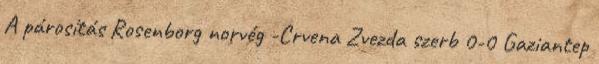
A párosítás Rosenborg norvég -Crvena Zvezda szerb 0-0 Gaziantep